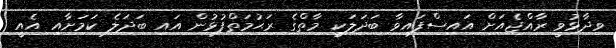
ވިދާޅުވީ ރާއްޖެއަށް އައިސްފައިވާ ބަދަލަކީ މާތްގެ ރަޙުމަތްފުޅުން އައި ބަދަލެ ކަމަށާއި އެއީ